system: You are a helpful assistant.
user:
Analyze the provided spectrum to determine if it is a **White Dwarf (WD)**.

A White Dwarf spectrum is defined by its **extreme purity** (due to gravitational settling) and/or **extreme pressure broadening** (due to high surface gravity). You must check for one of the following mutually exclusive signatures:

- **Key Visual Indicators (Check for ONE of these types):**

    - **1. DA-Type Signature (Most Common):**
        - **(Primary Feature):** Extreme pressure broadening (Stark broadening) of the **Hydrogen (H) Balmer lines**.
        - **(Key Lines):** $H\beta$ (approx. $4861$ Å) and $H\gamma$ (approx. $4340$ Å). $H\alpha$ (approx. $6563$ Å) will also be present if the wavelength range covers it.
        - **(Line Profile):** This is the **defining feature**. The lines are **NOT** sharp. They appear as massive, **extremely broad and deep "troughs" or "dips"** in the spectrum, often hundreds of Ångströms wide. The continuum will appear to "scoop" down at these wavelengths.
        - **(Distinction):** Normal A-type or B-type stars have *narrow* and *sharp* Hydrogen lines. A DA White Dwarf's lines are unmistakably "smeared" or "blurry" from pressure.

    - **2. DB-Type Signature:**
        - **(Primary Feature):** Broad absorption lines from **Neutral Helium (He I)**. The spectrum must lack any visible Hydrogen lines.
        - **(Key Lines):** Look for broad absorption near $4471$ Å, $4921$ Å, and $5876$ Å.
        - **(Line Profile):** These lines are also significantly pressure-broadened, appearing much wider than they would in a normal B-type main-sequence star.

    - **3. DC-Type Signature:**
        - **(Primary Feature):** A **featureless continuous spectrum**.
        - **(Line Profile):** The spectrum is a smooth curve with **no significant absorption or emission lines**.
        - **(Key Confirmation):** The continuum is almost always **blue or white**, indicating a hot object. This signature implies the atmosphere is so pure (or so cool) that no spectral lines are visible in the optical range. Its WD identity is confirmed by its extremely low intrinsic brightness (high absolute magnitude).

    - **4. DZ-Type Signature (Metal-Polluted):**
        - **(Primary Feature):** **Isolated, narrow metal absorption lines** on an otherwise featureless (DC-like) continuum.
        - **(Key Lines):** The **Calcium (Ca II) H & K doublet** (approx. **$3934$ Å** and **$3968$ Å**) is the most common and defining feature.
        - **(Line Profile):** These lines are "out of place." They are *not* part of a "forest" of thousands of lines. This signature is evidence of recent *accretion* (pollution) from rocky debris.
        - **(Distinction):** Normal G/K/M stars have a *dense forest* of thousands of metal lines. A DZ has a *clean* continuum with *only a few* strong metal lines.

    - **5. DQ-Type Signature (Carbon-Polluted):**
        - **(Primary Feature):** Absorption bands from **Carbon (C₂ "Swan Bands" or atomic C I)**.
        - **(Key Lines - C₂):** Look for bandheads with a "saw-tooth" shape near $5635$ Å, **$5165$ Å** (strongest), and $4737$ Å.
        - **(Key Confirmation):** The underlying **continuum must be blue or white** (hot).
        - **(Distinction):** This is the critical difference from a **Carbon Star**, which has the *exact same* C₂ bands but on an extremely **red, cool** continuum.

- **(Overall Spectrum):**
    - The continuum (overall shape) is typically **blue-sloping** (brighter in the blue than the red), as most white dwarfs are very hot.
    - The spectrum will look "pure" or "simple," dominated by only *one* of the five signatures listed above.

Think first, call **spectral_visualization_tool** if needed to examine features in detail, then provide your final answer. Your response must adhere to the following strict rules:
1.  **Overall Structure:** Your response must follow the format `<think>...</think> <tool_call>...</tool_call> (if a tool is used) <answer>...</answer>`.
2.  **Tool Usage Constraint:** You may only make **one** tool call per turn.
3.  **Final Answer Format:** In the `<answer>` tag, your conclusion must be inside a `\boxed{}` command (e.g., `\boxed{YES}` or `\boxed{NO}`), followed by your justification.

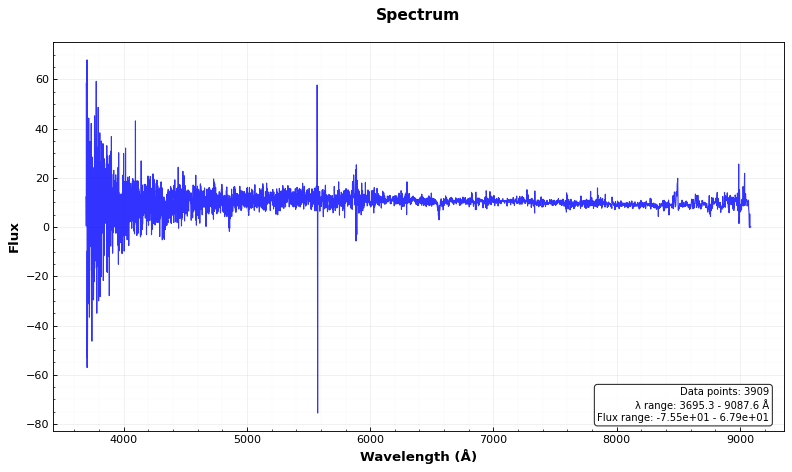
Answer: YES